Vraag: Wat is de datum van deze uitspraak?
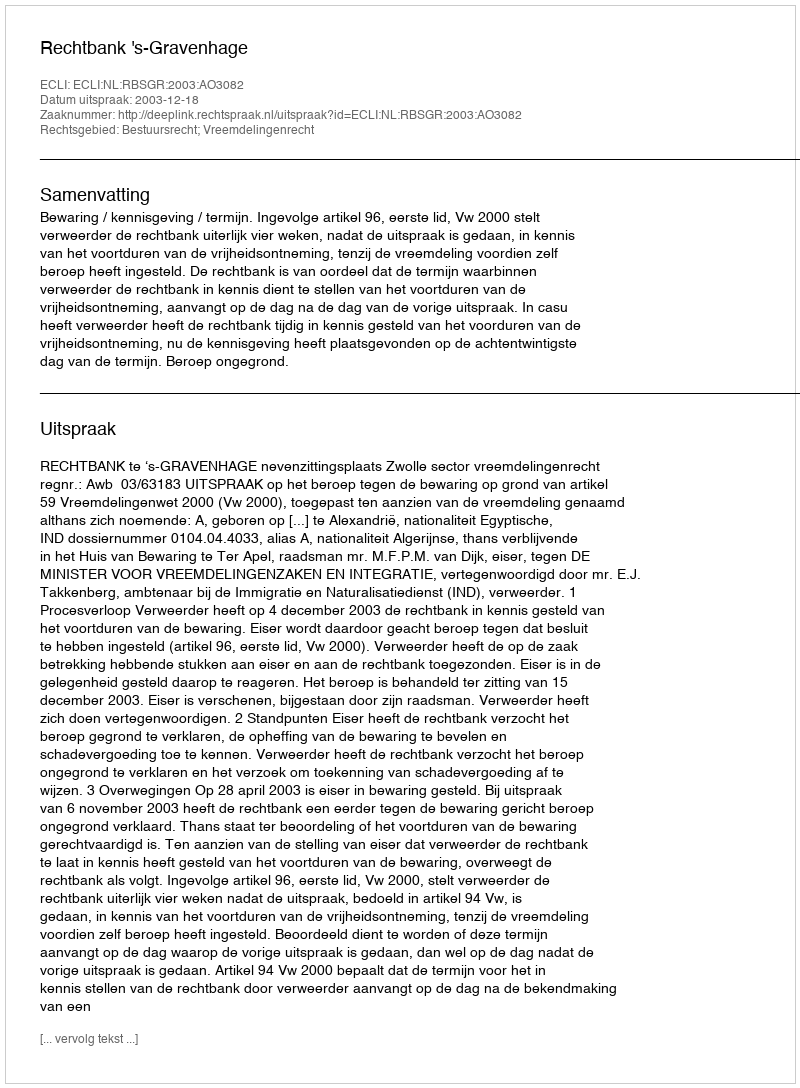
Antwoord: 2003-12-18